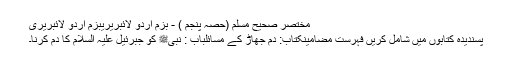
مختصر صحیح مسلم (حصہ پنجم ) - بزم اردو لائبریریبزم اردو لائبریری
پسندیدہ کتابوں میں شامل کریں فہرست مضامینکتاب: دم جھاڑ کے مسائلباب : نبیﷺ کو جبرئیل علیہ السلام کا دم کرنا۔